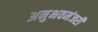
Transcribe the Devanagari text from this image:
अनुभवमंजरी